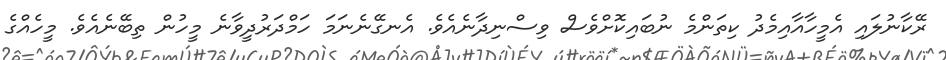
ރޭކާނުލައި އެމީހާއާއިމެދު ކިތަންމެ ނުބައިކޮށްވެސް ވިސްނިދާނެއެވެ. އެނގޭނެނަމަ ހަމްދަރުދީވާނެ މީހުން ތިބޭނެއެވެ. މީހެއްގެ